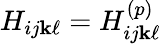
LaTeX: H_{ij\mathbf{k}\ell}=H_{ij\mathbf{k}\ell}^{(p)}